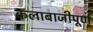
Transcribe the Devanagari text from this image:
कलाबाजीपूर्ण